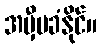
အမှီမခံနိုင်။